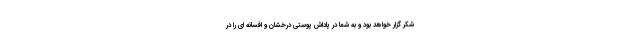
شکر گزار خواهد بود و به شما در پاداش پوستی درخشان و افسانه ای را در